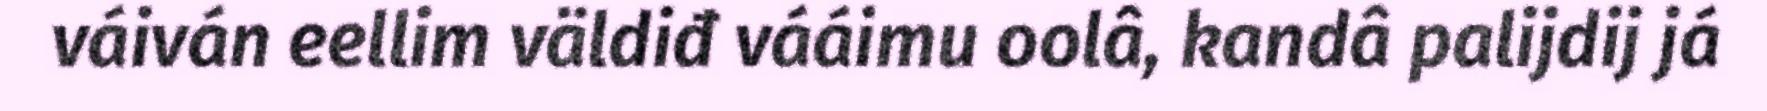
váiván eellim väldiđ vááimu oolâ, kandâ palijdij já